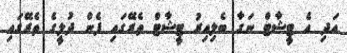
އަދި އެ ޓީޝާޓް ނަގާ ބެލިއިރު ޓީޝާޓް ތެރޭގައި ފެން ދުލީގެ ތެރޭގައި